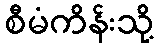
စီမံကိန်းသို့